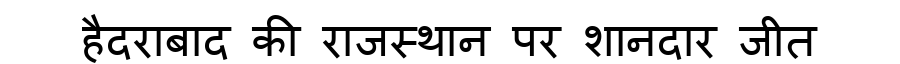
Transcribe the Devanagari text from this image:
हैदराबाद की राजस्थान पर शानदार जीत